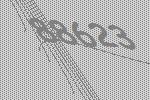
88623